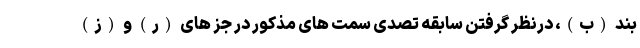
بند (ب)، درنظر گرفتن سابقه تصدی سمت های مذکور در جز های (ر) و (ز)